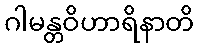
ဂါမန္တဝိဟာရိနာတိ